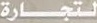
لتجارة